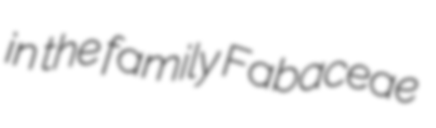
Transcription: in the family Fabaceae